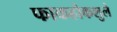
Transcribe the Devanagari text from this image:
फाकहोकशुले